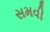
સમવી